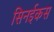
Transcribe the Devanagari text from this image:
सिनईकस